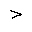
Letter: _dal